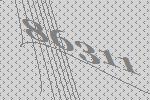
86311